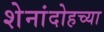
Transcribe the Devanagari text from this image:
शेनांदोहच्या